V__Kingissepa_nim__kolhoos, lk 99
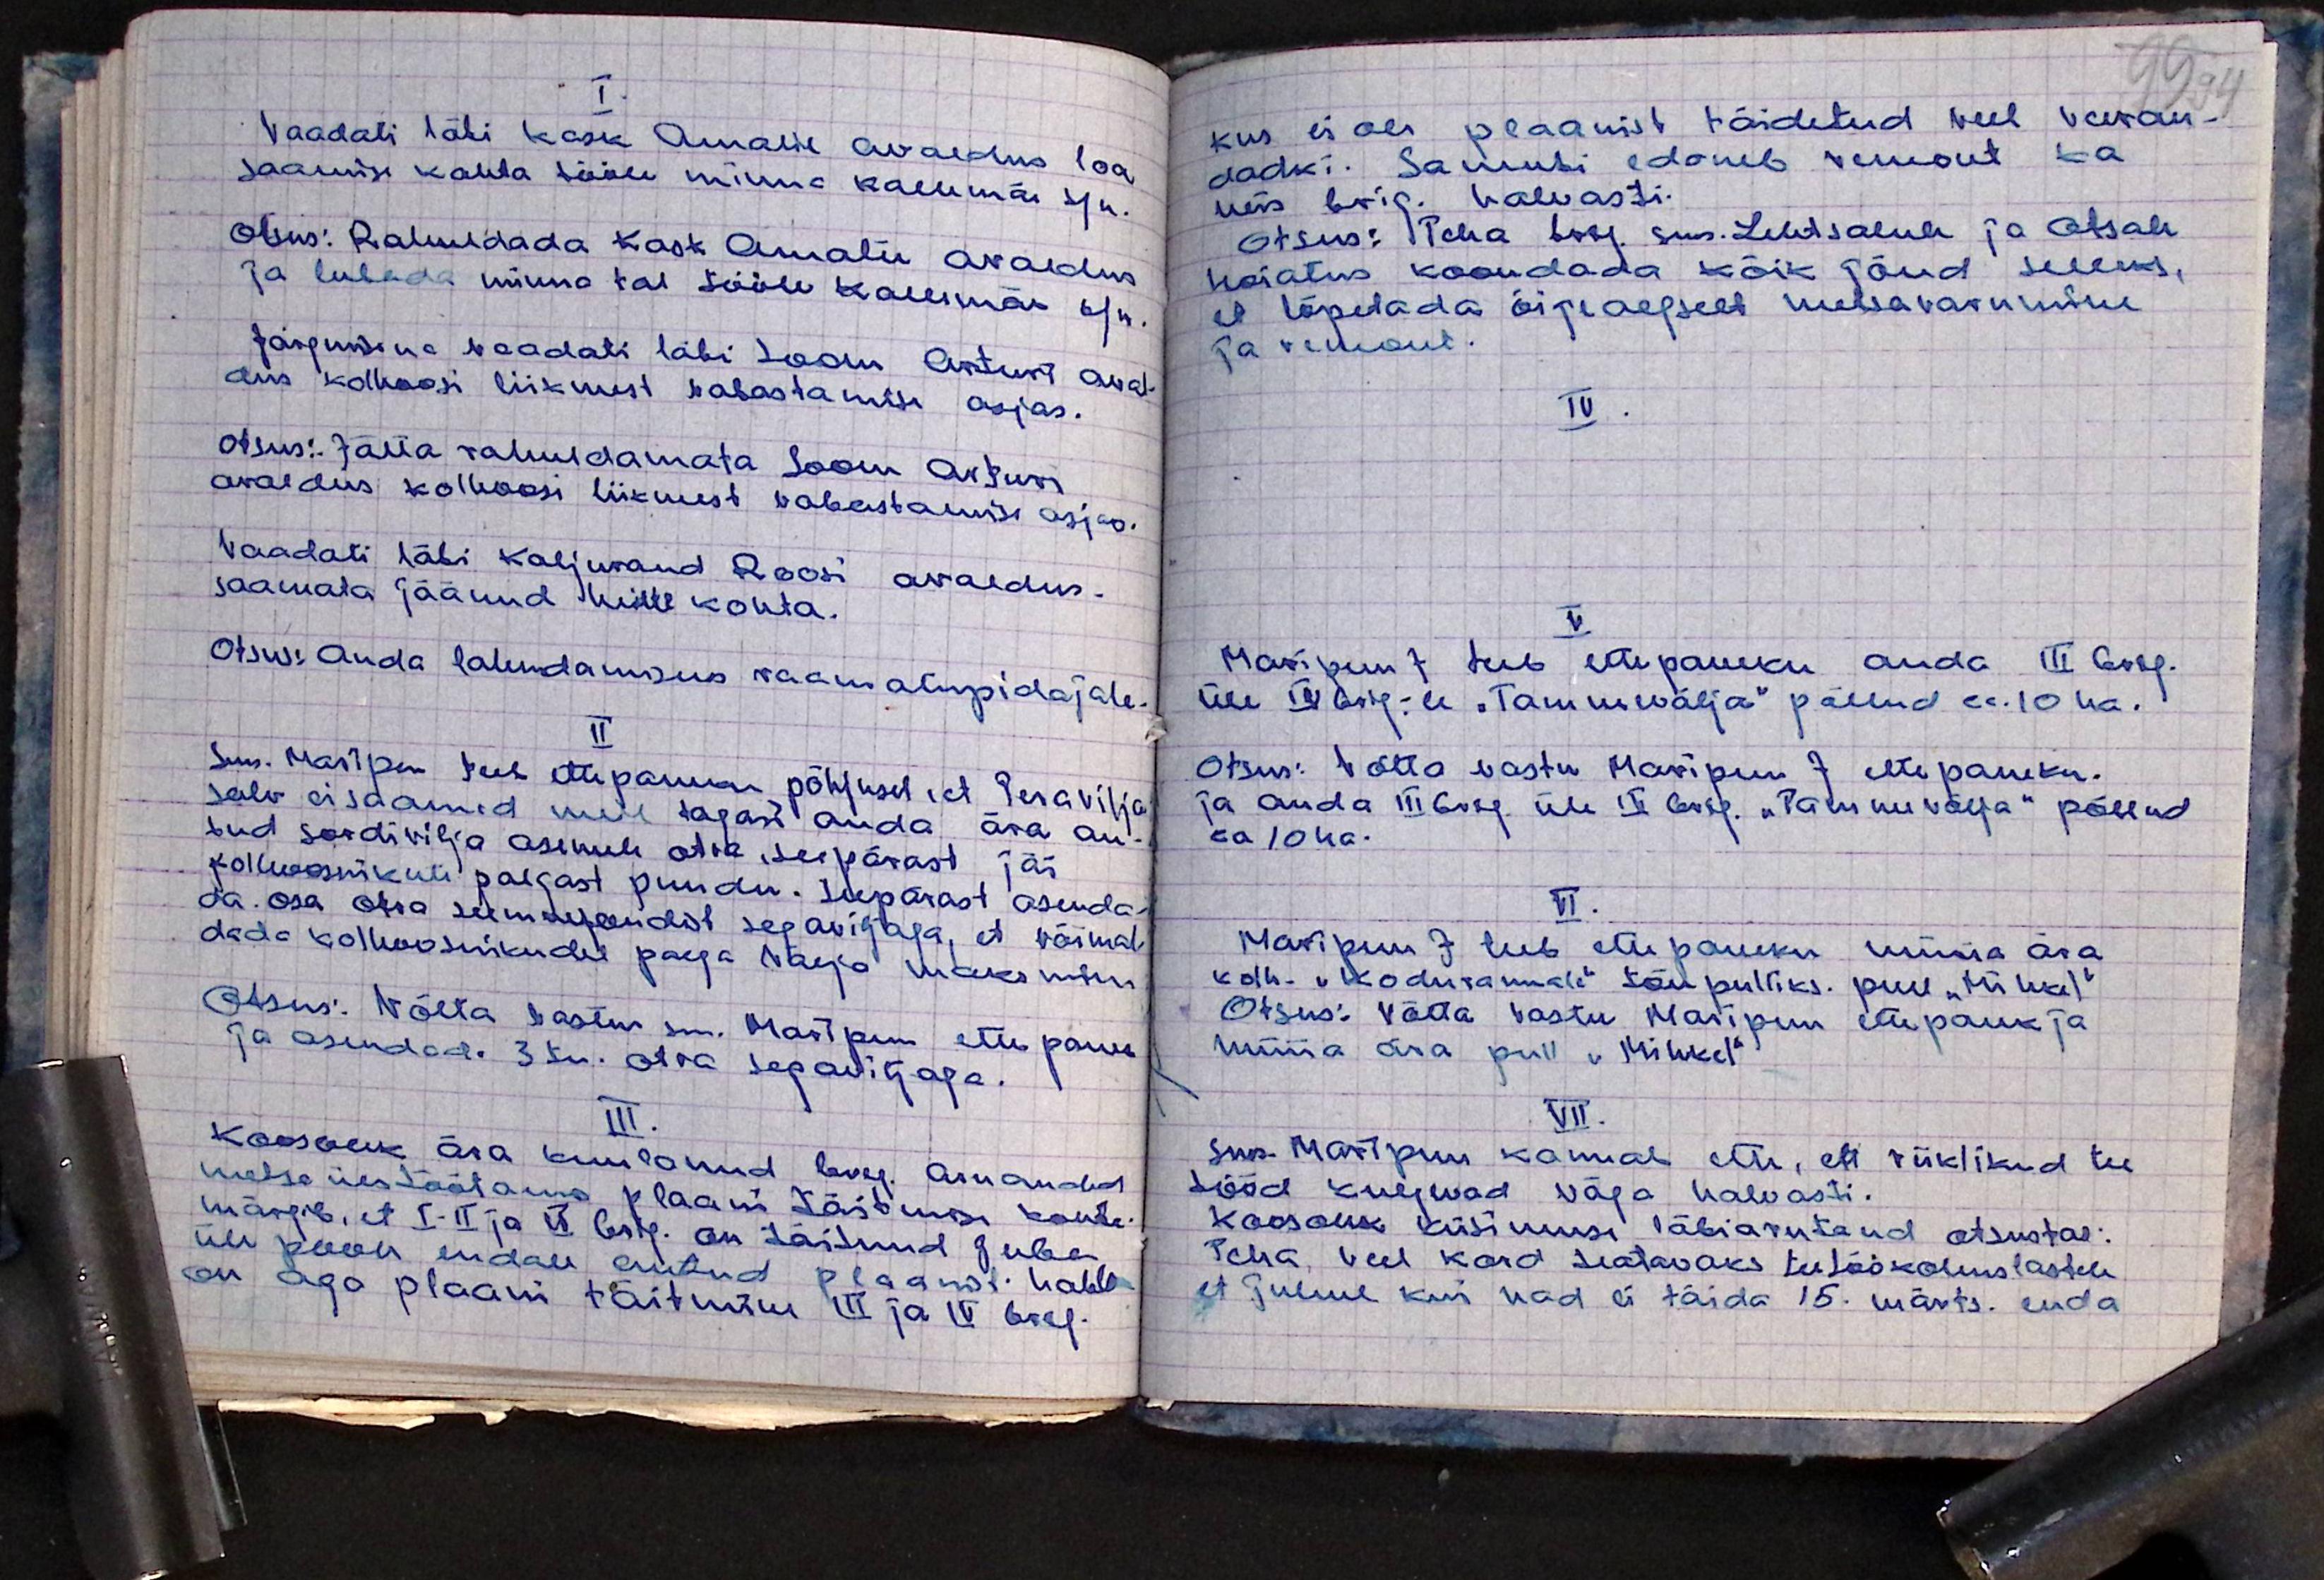
I.
Vaadati läbi Kask Amalie avaldus loa
saamise kohta tööle minna Kallemäe k/n.
otsus: Rahuldada Kask Amalie avaldus
ja lubada minna tal tööle Kallemäe k/n.
Järgmiseks vaadati läbi Soom Arturi ava-
dus kolhoosi liikmest vabastamise asjas.
otsus: Jätta rahuldamata Soom Arturi
avaldus kolhoosi liikmest vabastamise asjas.
Vaadati läbi Kaljurand Roosi avaldus.
saamata jäänud heinte kohta.
Otsust. Anda lahendamiseks raamatupidajale
II
Sms. Maripuu teeb ettepaneku põhjusel, et Teravilja
salv ei saanud meile tagasi anda ära an-
tud sordivilja asemele otre, seepärast jäi
kolhoosnikute palgast puudu. Seepärast asenda-
da osa otra seemnesordist segaviljaga, et võimal-
dada kolhoosnikudel palga välja maksmine
Otsus. Võtta vastus sm. Maripuu ettepanek
ja asendada 3 tn. otra segaviljaga.
III
Koosolek ära kuulanud brig. aruanded
metsa ülestöötamis plaani täitmise kohta,
märgib, et I-II ja VI brig. on täitnud juba
üle poole endale antud plaanist. halb
on aga plaani täitmine III ja IV brig.

99 94
kus ei ole plaanist täidetud veel veeran-
dadki. Samuti edeneb remont ka
neis brig. halvasti.
otsus: Teha brig. sms. Lehtsalule ja Otsale
hoiatus koondada kõik jõud selleks,
et lõpetada õigeaegselt metsa varumine
ja remont.
IV.
V.
Maripuu J. teeb ettepaneku anda III brig.
üle IV brig.-le "Tammevälja" põllud ca. 10 ha.
Otsus: võtta vastu Maripuu J. ettepaneku.
ja anda III brig. üle IV brig.. "Tammevälja" põllud
ca 10 ha.
VI.
Maripuu J. teeb ettepaneku müüa ära
kolh. "kodurannale" tõu pulliks. pull "Mihkel"
Otsus: Võtta vastu Maripuu ettepanek ja
müüa ära pull "Mihkel"
VII.
sms Maripuu kannab ette, ett riiklikud tee
tööd kulgevad väga halvasti.
Koosolek küsimusi läbiarutand otsustas:
teha, veel kord teatavaks teetöö kohuslastele,
et juhul kui nad ei täida 15. märts. enda